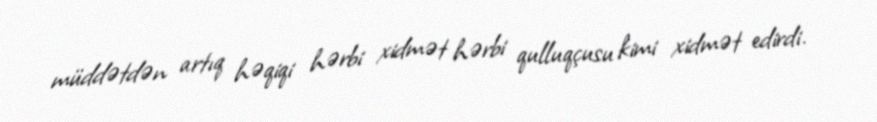
müddətdən artıq həqiqi hərbi xidmət hərbi qulluqçusu kimi xidmət edirdi.